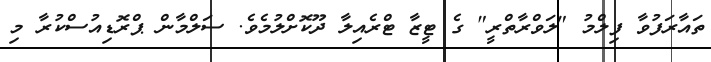
ތައާރަފުވާ ފިލްމު "ލަވްރާތްރީ" ގެ ޓީޒާ ޓްރެއިލާ ދޫކޮށްލުމެވެ. ސަލްމާން ޕްރޮޑިއުސްކުރާ މި